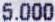
5.000